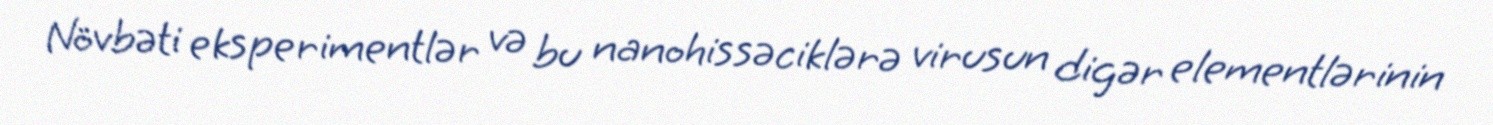
Növbəti eksperimentlər və bu nanohissəciklərə virusun digər elementlərinin